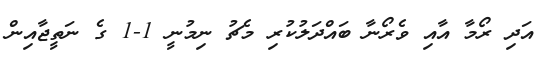
އަދި ރޯމާ އާއި ވެރޯނާ ބައްދަލުކުރި މެޗު ނިމުނީ 1-1 ގެ ނަތީޖާއިން